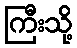
ကြီးသို့